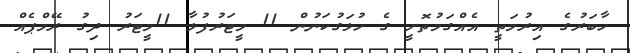
ހާބަރުގެ އިރުމަތީ އެއްގަމުތޮށީ ގެ ހުޅަގުކަނުން 11 މީޓަރުފުޅާ 11މީޓަރު ދިގު ރޭމްޕެއް